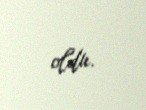
oldu.